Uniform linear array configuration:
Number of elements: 16
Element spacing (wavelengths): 0.5
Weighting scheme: binomial
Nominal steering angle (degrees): -30
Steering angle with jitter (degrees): -31.127
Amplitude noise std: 0.05
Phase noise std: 0.05

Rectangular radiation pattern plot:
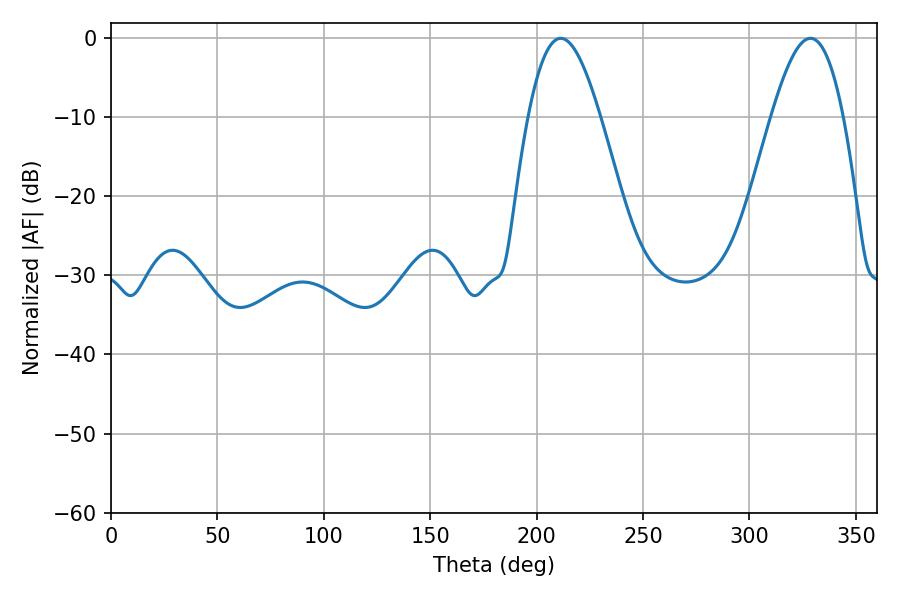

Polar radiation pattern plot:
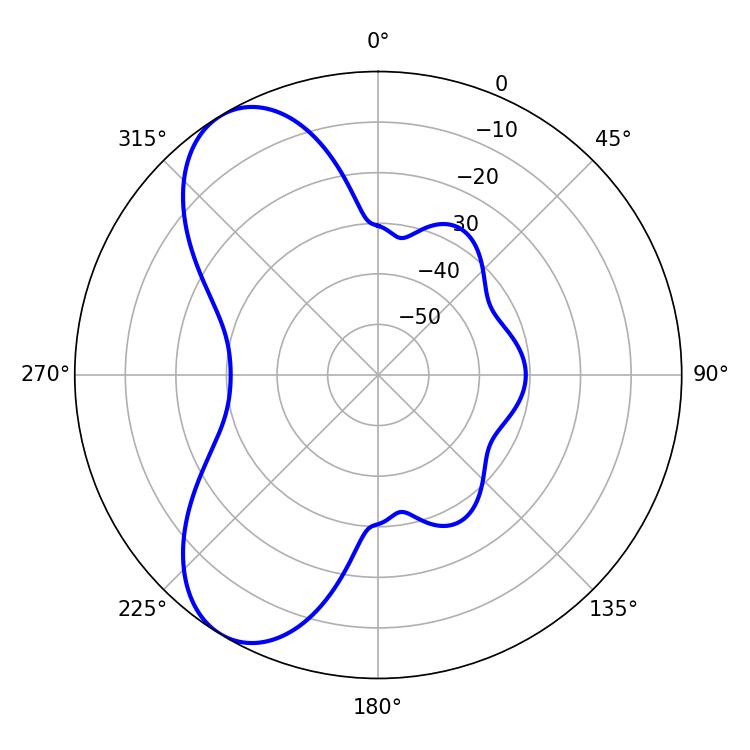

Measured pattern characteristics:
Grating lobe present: FALSE
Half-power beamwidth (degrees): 18.18
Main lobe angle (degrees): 211.32